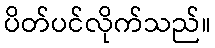
ပိတ်ပင်လိုက်သည်။